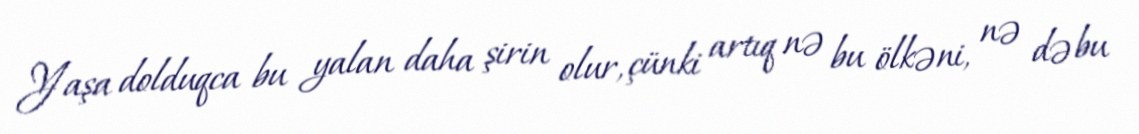
Yaşa dolduqca bu yalan daha şirin olur, çünki artıq nə bu ölkəni, nə də bu